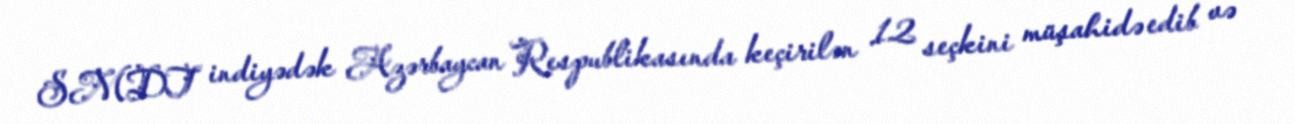
SMDT indiyədək Azərbaycan Respublikasında keçirilən 12 seçkini müşahidə edib və